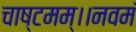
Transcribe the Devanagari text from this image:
चाष्टमम्।।नवमं